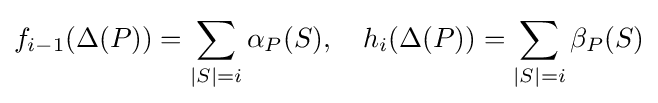
f_{i-1}(\Delta (P))=\sum _{|S|=i}\alpha _{P}(S),\quad h_{i}(\Delta (P))=\sum _{|S|=i}\beta _{P}(S)